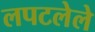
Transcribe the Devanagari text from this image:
लपटलेले